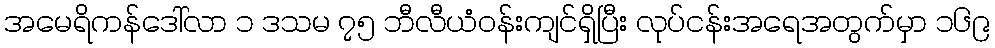
အမေရိကန်ဒေါ်လာ ၁ ဒသမ ၇၅ ဘီလီယံဝန်းကျင်ရှိပြီး လုပ်ငန်းအရေအတွက်မှာ ၁၆၉